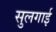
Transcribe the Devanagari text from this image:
सुलगाई